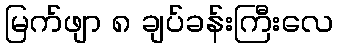
မြက်ဖျာ ၈ ချပ်ခန်းကြီးလေ